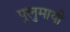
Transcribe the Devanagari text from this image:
पुलुमायी